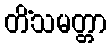
တိံသမတ္တာ